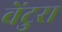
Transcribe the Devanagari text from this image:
वेंटुरा